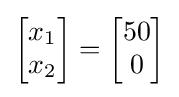
{\begin{bmatrix}x_{1}\\x_{2}\end{bmatrix}}={\begin{bmatrix}50\\0\end{bmatrix}}